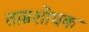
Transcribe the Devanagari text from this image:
ताम्रशोधक